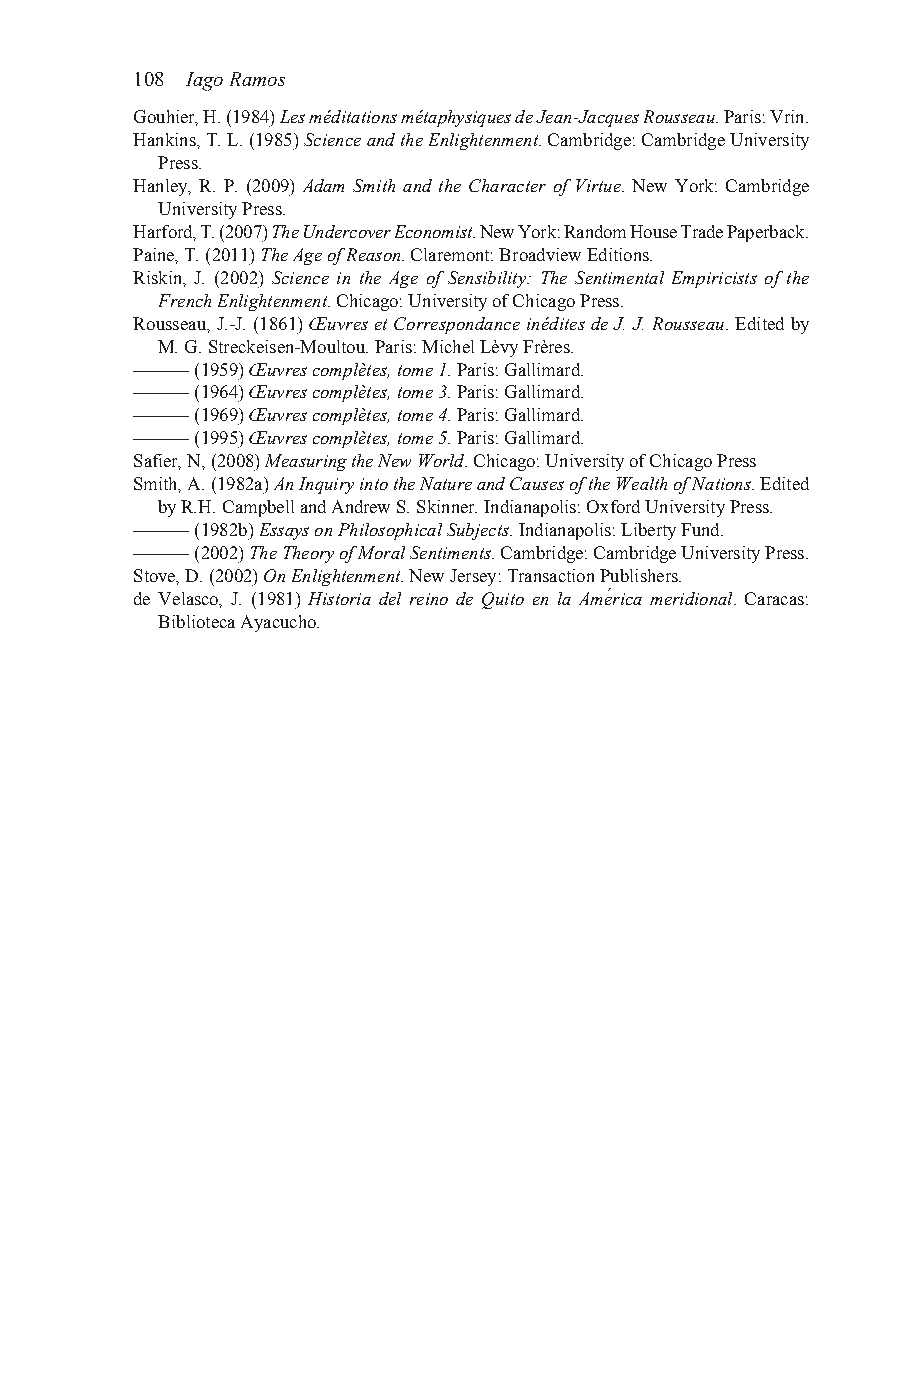
108 Iago Ramos
 Gouhier, H. (1984) Les méditations métaphysiques de Jean-Jacques Rousseau. Paris: Vrin.
 Hankins, T. L. (1985) Science and the Enlightenment. Cambridge: Cambridge University
 Press.
 Hanley, R. P. (2009) Adam Smith and the Character of Virtue. New York: Cambridge
 University Press.
 Harford, T. (2007) The Undercover Economist. New York: Random House Trade Paperback.
 Paine, T. (2011) The Age of Reason. Claremont: Broadview Editions.
 Riskin, J. (2002) Science in the Age of Sensibility: The Sentimental Empiricists of the
 French Enlightenment. Chicago: University of Chicago Press.
 Rousseau, J.-J. (1861) Œuvres et Correspondance inédites de J. J. Rousseau. Edited by
 M. G. Streckeisen-Moultou. Paris: Michel Lèvy Frères.
 ——— (1959) Œuvres complètes, tome 1. Paris: Gallimard.
 ——— (1964) Œuvres complètes, tome 3. Paris: Gallimard.
 ——— (1969) Œuvres complètes, tome 4. Paris: Gallimard.
 ——— (1995) Œuvres complètes, tome 5. Paris: Gallimard.
 Safier, N, (2008) Measuring the New World. Chicago: University of Chicago Press
 Smith, A. (1982a) An Inquiry into the Nature and Causes of the Wealth of Nations. Edited
 by R.H. Campbell and Andrew S. Skinner. Indianapolis: Oxford University Press.
 ——— (1982b) Essays on Philosophical Subjects. Indianapolis: Liberty Fund.
 ——— (2002) The Theory of Moral Sentiments. Cambridge: Cambridge University Press.
 Stove, D. (2002) On Enlightenment. New Jersey: Transaction Publishers.
 de Velasco, J. (1981) Historia del reino de Quito en la América meridional. Caracas:
 Biblioteca Ayacucho.